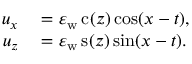
\begin{array} { r l } { u _ { x } } & { { } = \varepsilon _ { \mathrm { w } } \, \mathrm { c } _ { } ( z ) \cos ( x - t ) , } \\ { u _ { z } } & { { } = \varepsilon _ { \mathrm { w } } \, \mathrm { s } _ { } ( z ) \sin ( x - t ) . } \end{array}